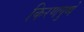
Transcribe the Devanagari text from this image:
किरणपुष्पे